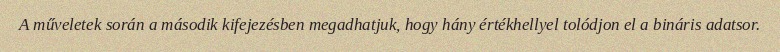
A műveletek során a második kifejezésben megadhatjuk, hogy hány értékhellyel tolódjon el a bináris adatsor.